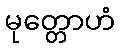
မုတ္တောဟံ